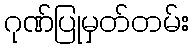
ဂုဏ်ပြုမှတ်တမ်း